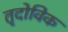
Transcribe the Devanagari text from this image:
तृदोविक